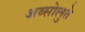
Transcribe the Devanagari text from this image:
अब्सोलुते